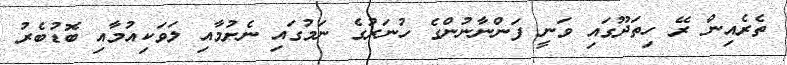
ތެރެއިން ރޭ ހިތަދޫގައި ވަނީ ފަންނާނުންގެ ހުނަރުގެ ނަމުގައި ނެށުމާއި ލަވަކިއުމާއި ބޮޑުބެރު